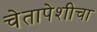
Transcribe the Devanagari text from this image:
चेतापेशीचा